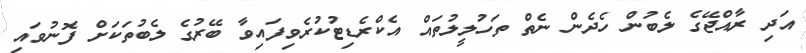
އަދި ރާއްޖޭގެ ލެބުން ހެދެން ނެތް ތަހުލީލުތައް އެކްރެޑިޓުކުރެވިފައިވާ ބޭރުގެ ލެބުތަކަށް ފޮނުވައި